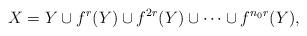
LaTeX: \begin{align*} X=Y\cup f^r(Y) \cup f^{2r}(Y) \cup \dots \cup f^{n_0r}(Y),\end{align*}